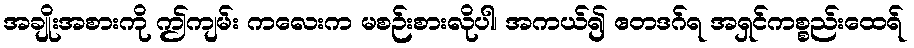
အချိုးအစားကို ဤကျမ်း ကလေးက မစဉ်းစားလိုပါ၊ အကယ်၍ ဧတဒဂ်ရ အရှင်ကစ္စည်းထေရ်